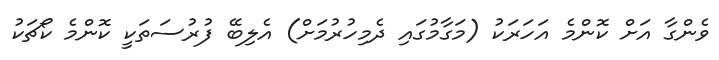
ވެންގާ އަށް ކޮންމެ އަހަރަކު (މަގާމުގައި ދެމިހުރުމަށް) އެލިބޭ ފުރުސަތަކީ ކޮންމެ ކޯޗަކު